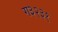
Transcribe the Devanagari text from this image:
ग३२३१